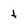
Character: t